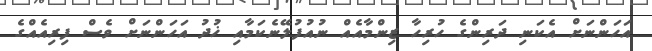
އަހަންނަށް އެކަނި ދަރިންގެ ހުރިހާ ޒިންމާއެއް ނުއުފުލޭނެކަމާއި ޚުދު އަހަންނަށް ވެސް ފިރިއެއްގެ